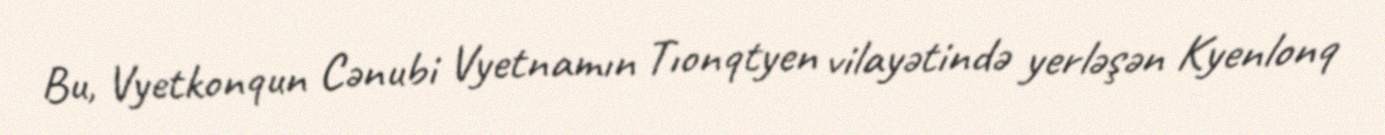
Bu, Vyetkonqun Cənubi Vyetnamın Tıonqtyen vilayətində yerləşən Kyenlonq